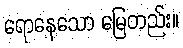
ရောနေသော မြေတည်း။